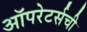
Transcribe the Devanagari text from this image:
ऑपरेटर्सची